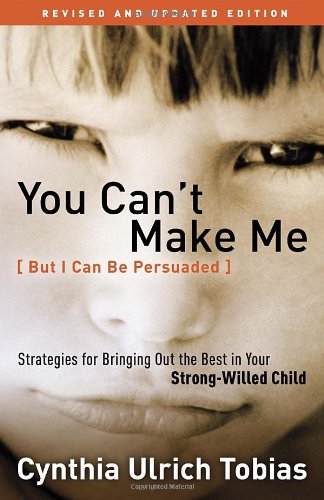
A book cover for You Can't Make Me (But I Can Be Persuaded), Revised and Updated Edition: Strategies for Bringing Out the Best in Your Strong-Willed Child; Cynthia Tobias; Christian Books & Bibles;